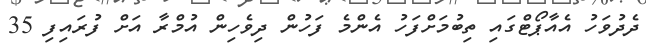
ދެދުވަހު އެއާޕޯޓްގައި ތިބުމަށްފަހު އެންމެ ފަހުން ދިވެހިން އުމްރާ އަށް ފުރައިފި 35